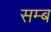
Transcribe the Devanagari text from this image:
सम्ब